Plague in India, 1896, 1897 - Volume 1
Year: 1896
Disease focus: Plague
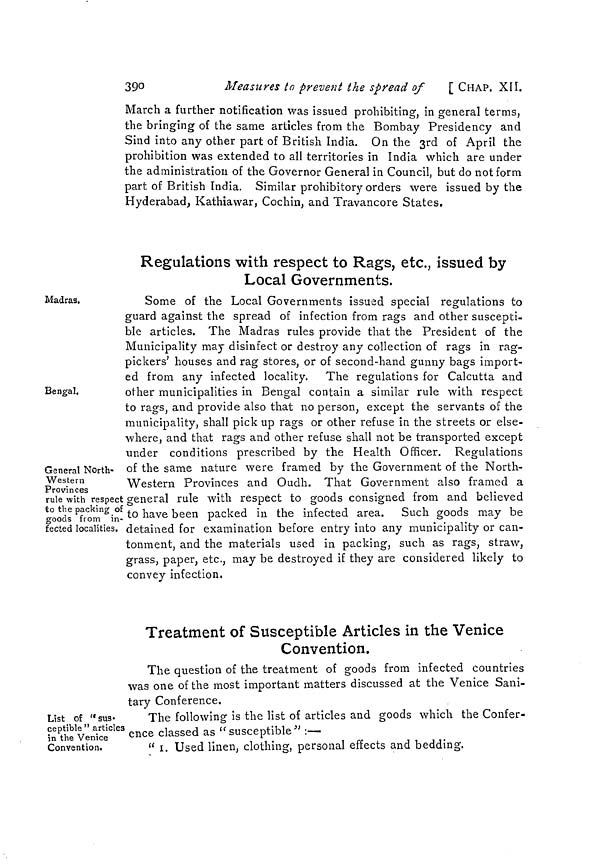
390
Measures to prevent the spread of
[ CHAP. XII.
March a further notification was issued prohibiting, in general terms,
the bringing of the same articles from the Bombay Presidency and
Sind into any other part of British India. On the 3rd of April the
prohibition was extended to all territories in India which are under
the administration of the Governor General in Council, but do not form
part of British India. Similar prohibitory orders were issued by the
Hyderabad, Kathiawar, Cochin, and Travancore States.
Regulations with respect to Rags, etc., issued by
Local Governments.
Madras.
Bengal.
General North-
Western
Provinces
rule with respect
to the packing of
goods from in-
fected localities.
Some of the Local Governments issued special regulations to
guard against the spread of infection from rags and other suscepti-
ble articles. The Madras rules provide that the President of the
Municipality may disinfect or destroy any collection of rags in rag-
pickers' houses and rag stores, or of second-hand gunny bags import-
ed from any infected locality. The regulations for Calcutta and
other municipalities in Bengal contain a similar rule with respect
to rags, and provide also that no person, except the servants of the
municipality, shall pick up rags or other refuse in the streets or else-
where, and that rags and other refuse shall not be transported except
under conditions prescribed by the Health Officer. Regulations
of the same nature were framed by the Government of the North-
Western Provinces and Oudh. That Government also framed a
general rule with respect to goods consigned from and believed
to have been packed in the infected area. Such goods may be
detained for examination before entry into any municipality or can-
tonment, and the materials used in packing, such as rags, straw,
grass, paper, etc., may be destroyed if they are considered likely to
convey infection.
Treatment of Susceptible Articles in the Venice
Convention.
The question of the treatment of goods from infected countries
was one of the most important matters discussed at the Venice Sani-
tary Conference.
List of "sus-
ceptible " articles
in the Venice
Convention.
The following is the list of articles and goods which the Confer-
ence classed as "susceptible" :—
" 1. Used linen, clothing, personal effects and bedding.